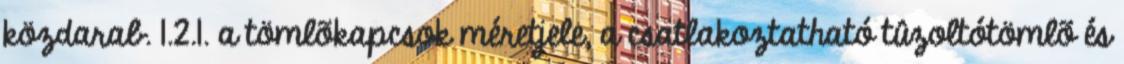
közdarab. 1.2.1. a tömlõkapcsok méretjele, a csatlakoztatható tûzoltótömlõ és